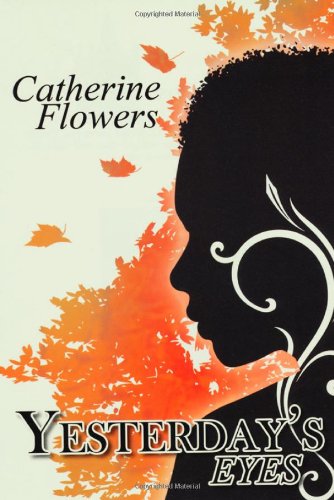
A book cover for Yesterday's Eyes (Urban Books); Catherine Flowers; Literature & Fiction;